Vaccination United Provinces of Agra and Oudh 1902-1913 - 1902-1913
Year: 1902
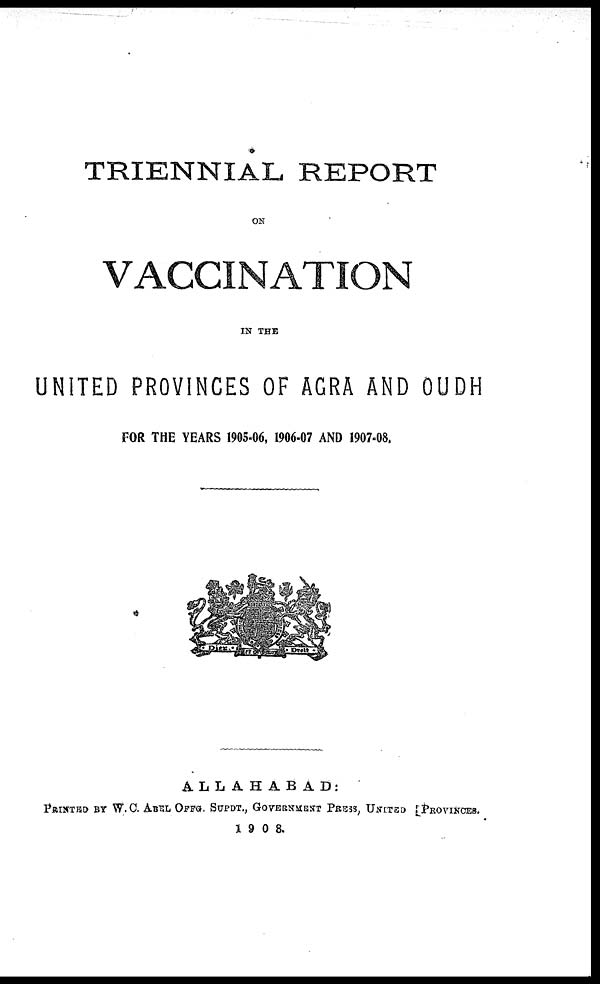
TRIENNIAL REPORT
ON
VACCINATION
IN THE
UNITED PROVINCES OF AGRA AND OUDH
FOR THE YEARS 1905-06, 1906-07 AND 1907-08.
ALLAHABAD:
PRINTED BY W.C. ABEL OFFG. SUPDT., GOVERNMENT PRESS, UNITED [PROVINCES.
1908.